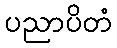
ပညာပိတံ